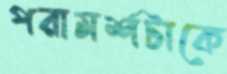
পরামর্শটাকে